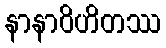
နာနာဝိဟိတဿ